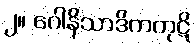
၂။ ဂေါနိသာဒိကကုဋိ